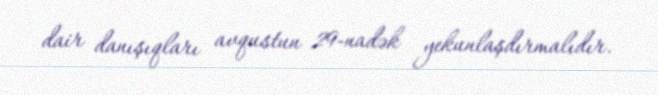
dair danışıqları avqustun 29-nadək yekunlaşdırmalıdır.